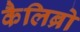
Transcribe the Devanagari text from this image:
कैलिब्रो